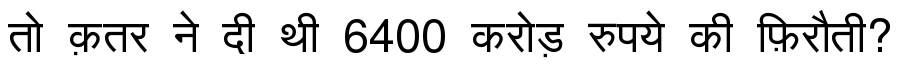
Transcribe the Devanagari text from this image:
तो क़तर ने दी थी 6400 करोड़ रुपये की फ़िरौती?